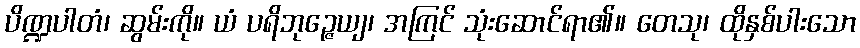
ပိဏ္ဍပါတံ၊ ဆွမ်းကို။ ယံ ပရိဘုဉ္ဇေယျ၊ အကြင် သုံးဆောင်ရာ၏။ တေသု၊ ထိုနှစ်ပါးသော